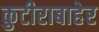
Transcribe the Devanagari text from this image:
कुटीराबाहेर